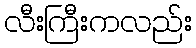
လီးကြီးကလည်း